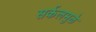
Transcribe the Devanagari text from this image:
सर्कलमुळे